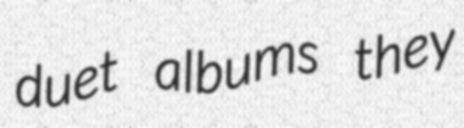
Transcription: duet albums they